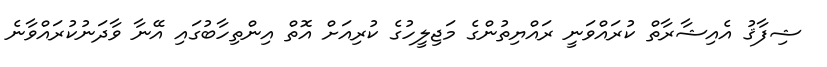
ޝިފާޤު އެއިޝާރާތް ކުރައްވަނީ ރައްޔިތުންގެ މަޖިލީހުގެ ކުރިއަށް އޮތް އިންތިހާބުގައި އޭނާ ވާދަނުކުރައްވާނެ